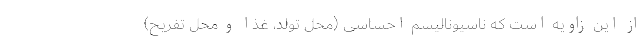
از این زاویه است که ناسیونالیسم احساسی (محل تولد، غذا و محل تفریح)